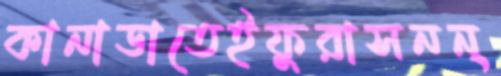
কানাডাতেইফুরাসনন্